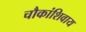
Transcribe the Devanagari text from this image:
चौकांशिवाय